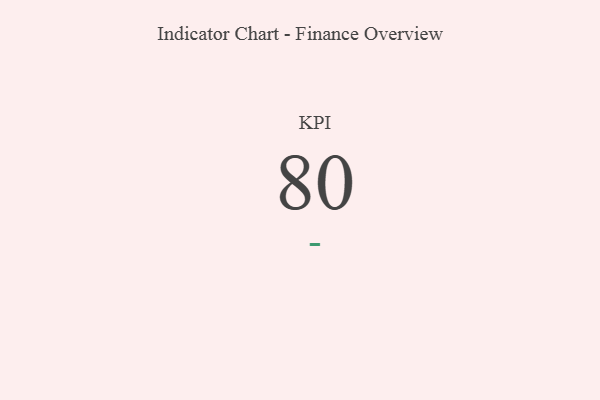
{"axis": {"x": "KPI", "y": "Value"}, "legend": [""], "data": [{"x": "KPI", "y": 80, "type": ""}]}